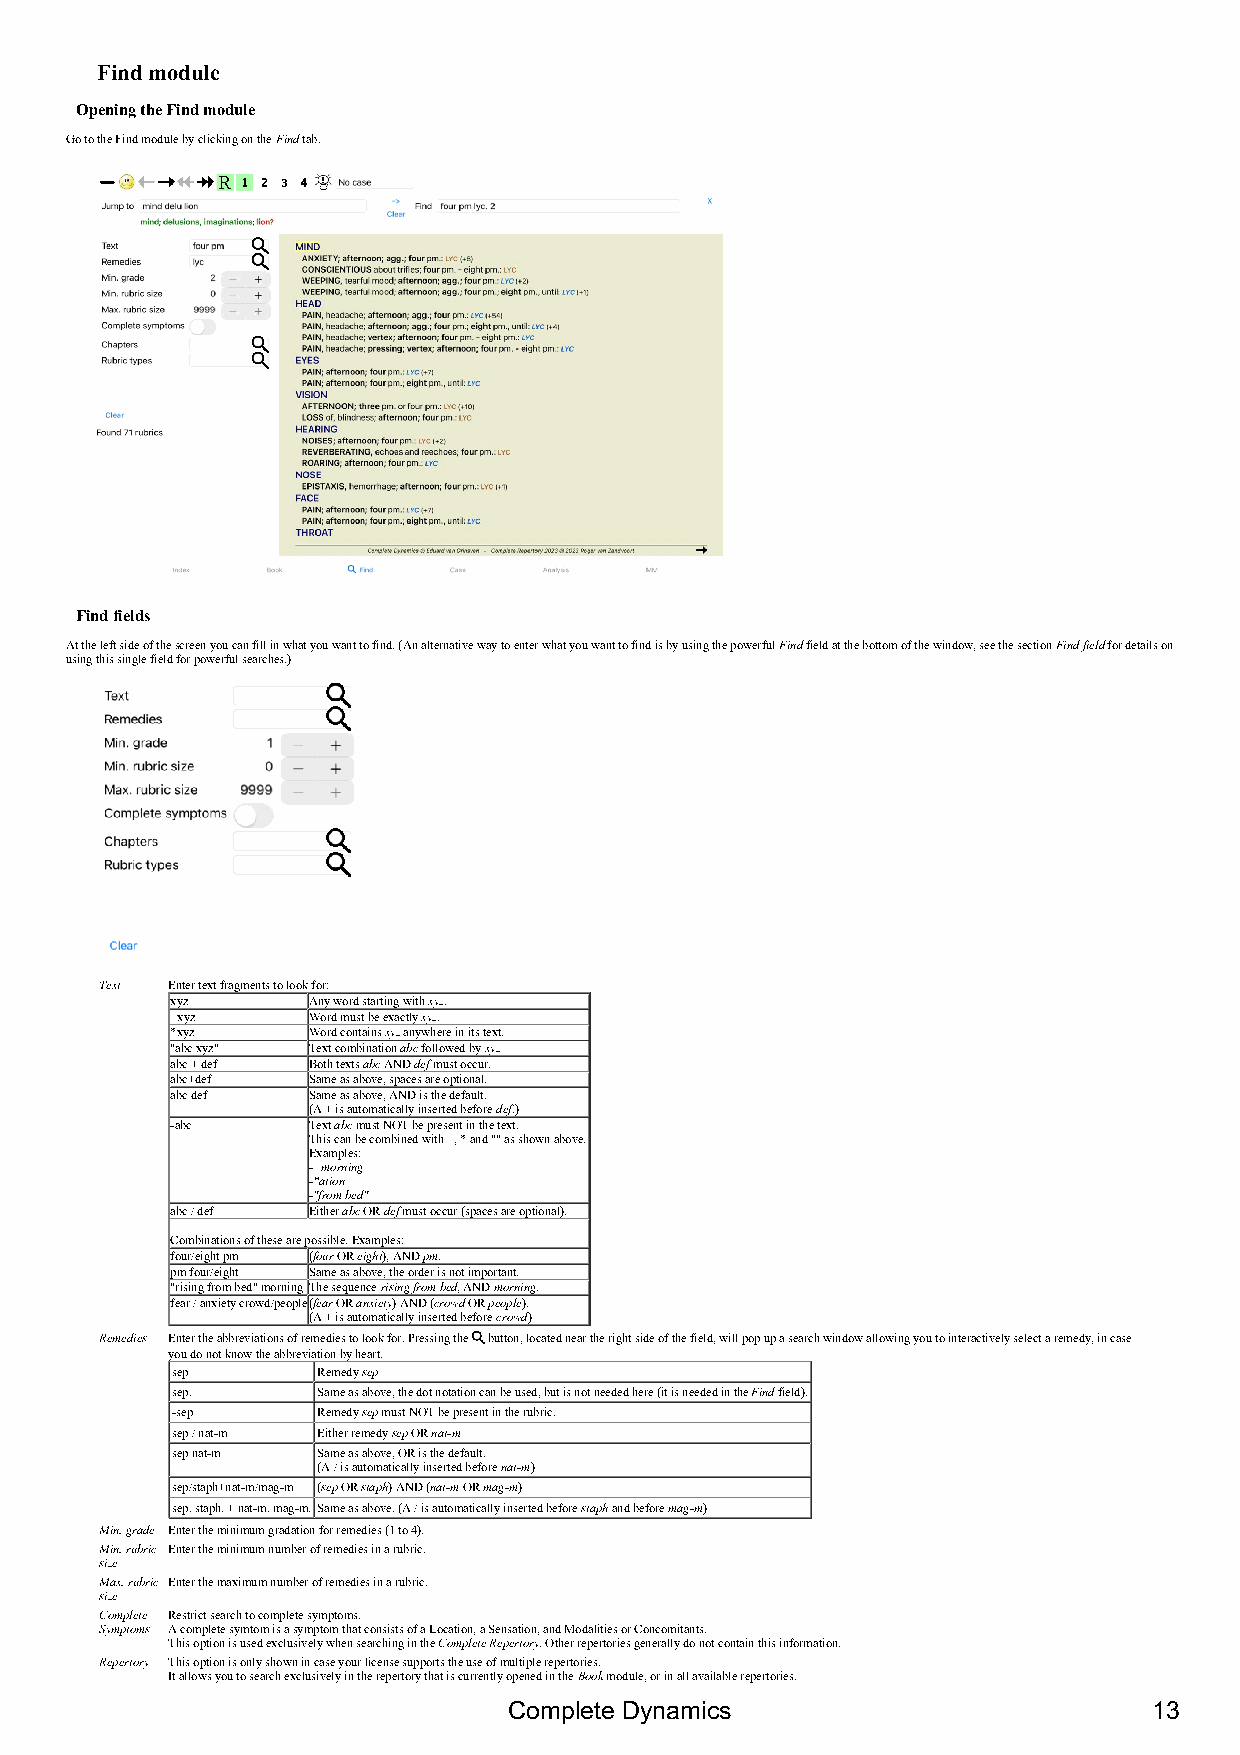
Find module
 Opening the Find module
 Go to the Find module by clicking on the Find tab.
 Find fields
 At the left side of the screen you can fill in what you want to find. (An alternative way to enter what you want to find is by using the powerful Find field at the bottom of the window, see the section Find field for details on
 using this single field for powerful searches.)
 Text Enter text fragments to look for:
 xyz      Any word starting with xyz.
 =xyz     Word must be exactly xyz.
 *xyz     Word contains xyz anywhere in its text.
 "abc xyz" Text combination abc followed by xyz
 abc + def Both texts abc AND def must occur.
 abc+def  Same as above, spaces are optional.
 abc def  Same as above, AND is the default.
 (A + is automatically inserted before def.)
 -abc     Text abc must NOT be present in the text.
 This can be combined with =, * and "" as shown above.
 Examples:
 -=morning
 -*ation
 -"from bed"
 abc / def Either abc OR def must occur (spaces are optional).
 Combinations of these are possible. Examples:
 four/eight pm (four OR eight), AND pm.
 pm four/eight Same as above, the order is not important.
 "rising from bed" morningThe sequence rising from bed, AND morning.
 fear / anxiety crowd/people(fear OR anxiety) AND (crowd OR people).
 (A + is automatically inserted before crowd)
 Remedies Enter the abbreviations of remedies to look for. Pressing the button, located near the right side of the field, will pop up a search window allowing you to interactively select a remedy, in case
 you do not know the abbreviation by heart.
 sep       Remedy sep
 sep.      Same as above, the dot notation can be used, but is not needed here (it is needed in the Find field).
 -sep      Remedy sep must NOT be present in the rubric.
 sep / nat-m Either remedy sep OR nat-m
 sep nat-m Same as above, OR is the default.
 (A / is automatically inserted before nat-m)
 sep/staph+nat-m/mag-m (sep OR staph) AND (nat-m OR mag-m)
 sep. staph. + nat-m. mag-m.Same as above. (A / is automatically inserted before staph and before mag-m)
 Min. grade Enter the minimum gradation for remedies (1 to 4).
 Min. rubric Enter the minimum number of remedies in a rubric.
 size
 Max. rubric Enter the maximum number of remedies in a rubric.
 size
 Complete Restrict search to complete symptoms.
 Symptoms A complete symtom is a symptom that consists of a Location, a Sensation, and Modalities or Concomitants.
 This option is used exclusively when searching in the Complete Repertory. Other repertories generally do not contain this information.
 Repertory This option is only shown in case your license supports the use of multiple repertories.
 It allows you to search exclusively in the repertory that is currently opened in the Book module, or in all available repertories.
 Complete Dynamics                         13